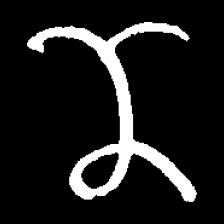
Pyu character \u2014 Myanmar letter: ဏ (romanized: nna)